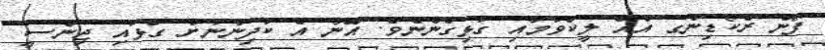
ފޯން ރެކޯޑިންގ އެއް ލީކްވުމާއި ގުޅިގެންނެވެ. އޭނާ އެ ކުދިންނަށް ގުޅައި ޖިންސީ